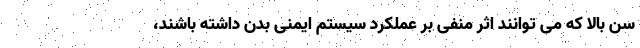
سن بالا که می توانند اثر منفی بر عملکرد سیستم ایمنی بدن داشته باشند،